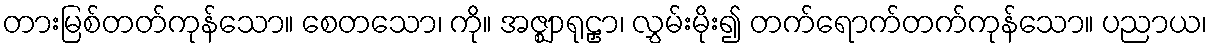
တားမြစ်တတ်ကုန်သော။ စေတသော၊ ကို။ အဇ္ဈာရုဠှာ၊ လွှမ်းမိုး၍ တက်ရောက်တက်ကုန်သော။ ပညာယ၊